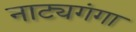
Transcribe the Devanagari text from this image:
नाट्यगंगा